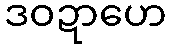
ဒဝဍာဟေ